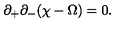
\partial _ { + } \partial _ { - } ( \chi - \Omega ) = 0 .